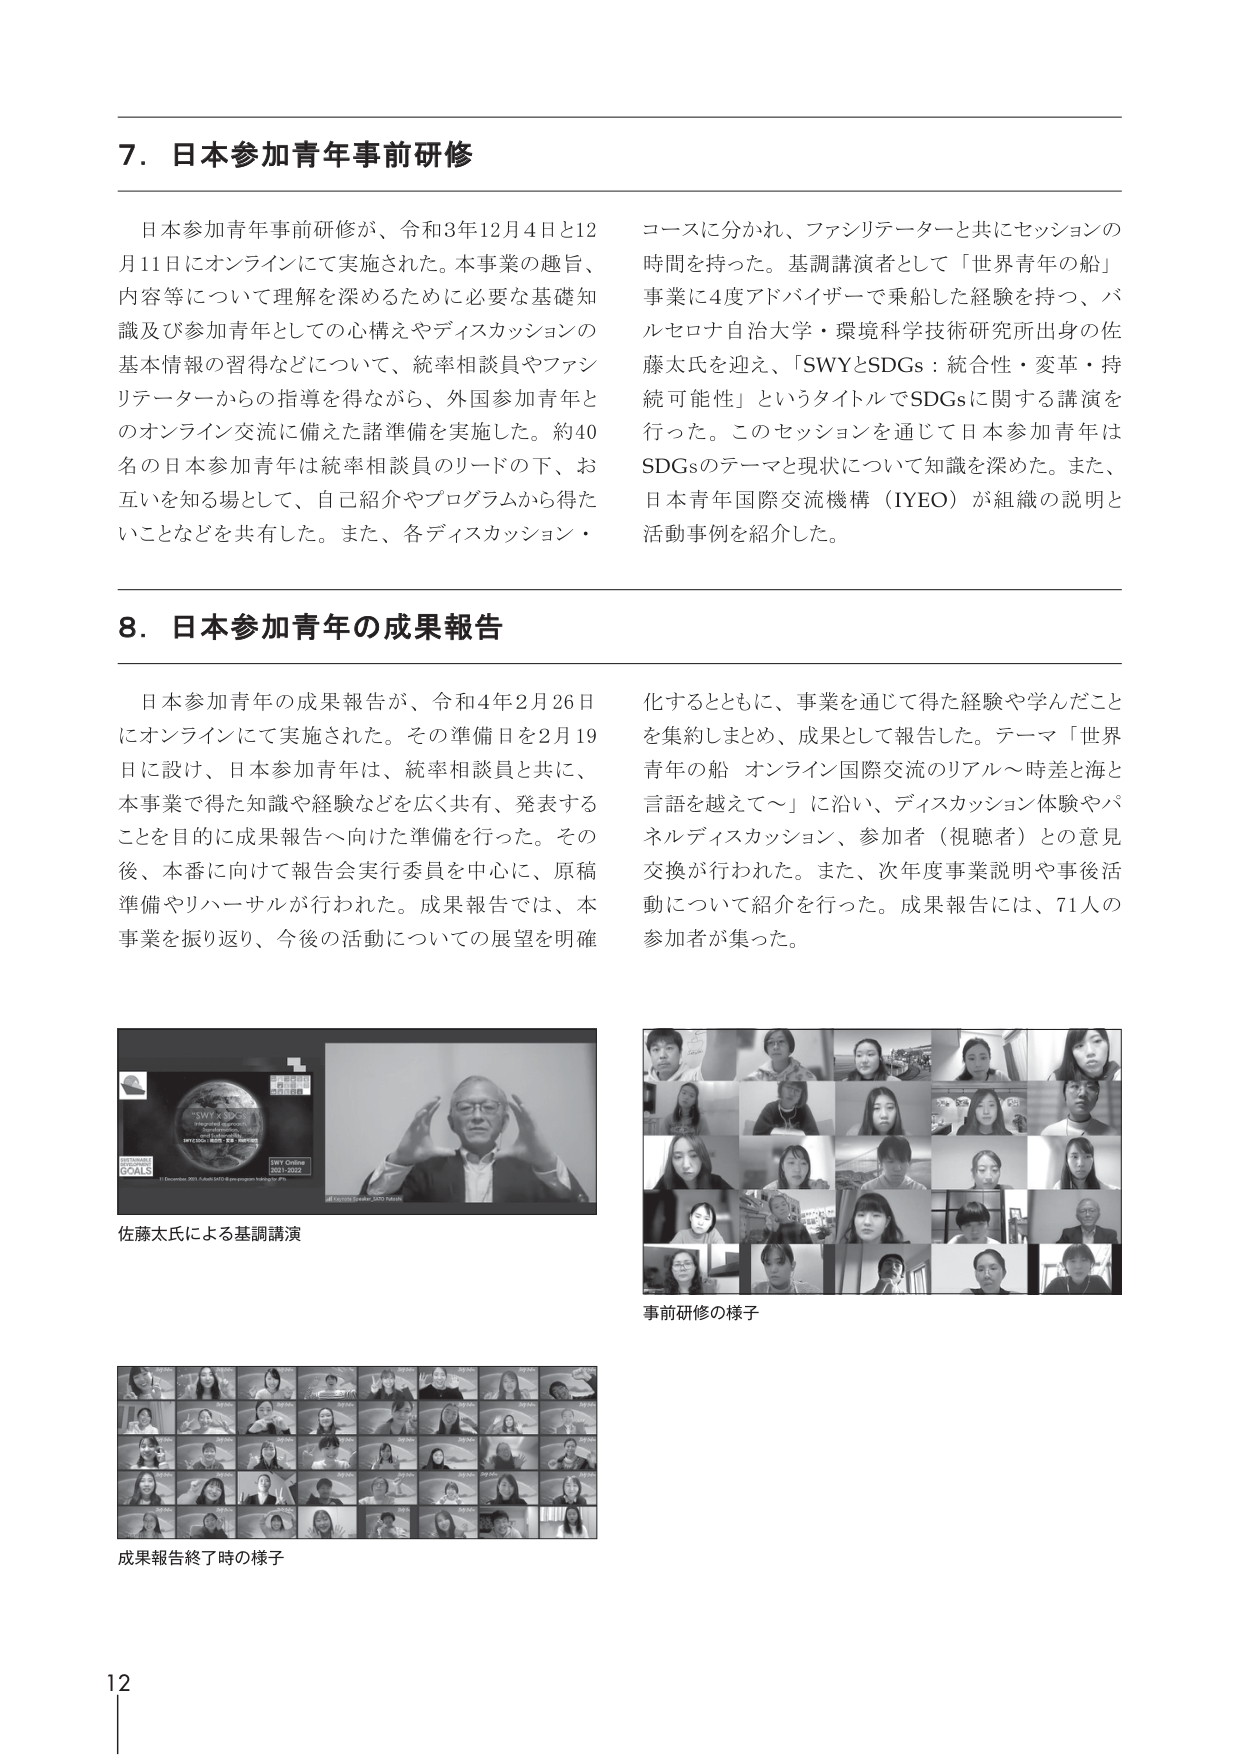
7. 日本参加青年事前研修

日本参加青年事前研修が、令和3年12月4日と12月11日にオンラインにて実施された。本事業の趣旨、内容等について理解を深めるために必要な基礎知識及び参加青年としての心構えやディスカッションの基本情報の習得などについて、統率相談員やファシリテーターからの指導を得ながら、外国参加青年とのオンライン交流に備えた諸準備を実施した。約40名の日本参加青年は統率相談員のリードの下、お互いを知る場として、自己紹介やプログラムから得たいことなどを共有した。また、各ディスカッション・コースに分かれ、ファシリテーターと共にセッションの時間を持った。基調講演者として「世界青年の船」事業に4度アドバイザーで乗船した経験を持つ、パルセロナ自治大学・環境科学技術研究所出身の佐藤太氏を迎え、「SWYとSDGs：統合性・変革・持続可能性」というタイトルでSDGsに関する講演を行った。このセッションを通じて日本参加青年はSDGsのテーマと現状について知識を深めた。また、日本青年国際交流機構（IYEO）が組織の説明と活動事例を紹介した。

8. 日本参加青年の成果報告

日本参加青年の成果報告が、令和4年2月26日にオンラインにて実施された。その準備日を2月19日に設け、日本参加青年は、統率相談員と共に、本事業で得た知識や経験などを広く共有、発表することを目的に成果報告へ向けた準備を行った。その後、本番に向けて報告会実行委員を中心に、原稿準備やリハーサルが行われた。成果報告では、本事業を振り返り、今後の活動についての展望を明確化するとともに、事業を通じて得た経験や学んだことを集約しまとめ、成果として報告した。テーマ「世界青年の船 オンライン国際交流のリアル～時差と海と言語を越えて～」に沿い、ディスカッション体験やパネルディスカッション、参加者（視聴者）との意見交換が行われた。また、次年度事業説明や事後活動について紹介を行った。成果報告には、71人の参加者が集った。

佐藤太氏による基調講演

事前研修の様子

成果報告終了時の様子

12